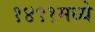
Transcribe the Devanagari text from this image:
१४९१मध्ये